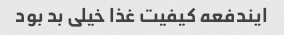
ایندفعه کیفیت غذا خیلی بد بود